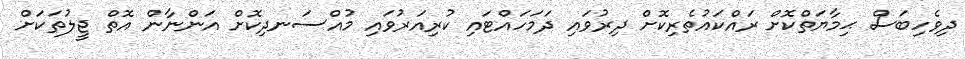
ދިވެހިބަސް ޙިމާޔަތްކޮށް ރައްކައުތެރިކޮށް ދިރުވައި ދަމަހައްޓައި ކުރިއަރުވައި މުއްސަނދިކޮށް އަންނާން އޮތް ޖީލުތަކަށް